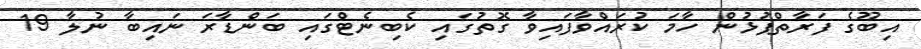
އިބޫގެ ފަރާތްޕުޅުން ހާމަ ކުރައްވާފައިވާ ގޮތުގައި ކެބިނެޓްގައި ބަންޑާރަ ނައިބާ ނުލާ 19